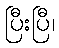
ပြီးပြီ၊